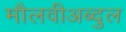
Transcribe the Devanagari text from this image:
मौलवीअब्दुल